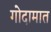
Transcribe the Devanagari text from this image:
गोदामात